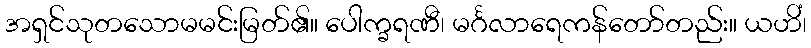
အရှင်သုတသောမမင်းမြတ်၏။ ပေါက္ခရဏီ၊ မင်္ဂလာရေကန်တော်တည်း။ ယဟိံ၊